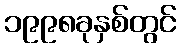
၁၉၉၈ခုနှစ်တွင်